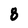
Character: 8